Annual administration and progress report of the Indian Medical Department, Bombay
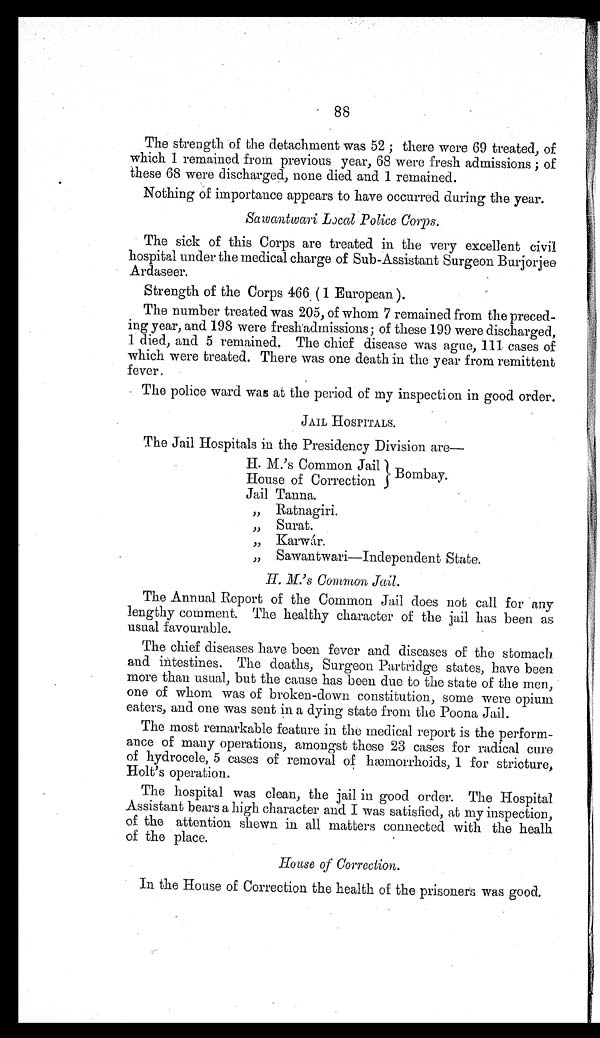
88
The strength of the detachment was 52 ; there were 69 treated, of
which 1 remained from previous year, 68 were fresh admissions ; of
these 68 were discharged, none died and 1 remained.
Nothing of importance appears to have occurred during the year.
Sawantwari Local Police Corps.
The sick of this Corps are treated in the very excellent civil
hospital under the medical charge of Sub-Assistant Surgeon Burjorjee
Ardaseer.
Strength of the Corps 466 ( 1 European ).
The number treated was 205, of whom 7 remained from the preced-
ing year, and 198 were freshadmissions; of these 199 were discharged,
1 died, and 5 remained. The chief disease was ague, 111 cases of
which were treated. There was one death in the year from remittent
fever.
The police ward was at the period of my inspection in good order.
JAIL HOSPITALS.
The Jail Hospitals in the Presidency Division are—
H. M.'s Common Jail Bombay.
House of Correction
Jail Tanna.
,, Ratnagiri.
,, Surat.
,, Karwár.
,, Sawantwari—Independent State
.
H. M.'s Common Jail.
The Annual Report of the Common Jail does not call for any
lengthy comment. The healthy character of the jail has been as
usual favourable.
The chief diseases have been fever and diseases of the stomach
and intestines. The deaths, Surgeon Partridge states, have been
more than usual, but the cause has been due to the state of the men,
one of whom was of broken-down constitution, some were opium
eaters, and one was sent in a dying state from the Poona Jail.
The most remarkable feature in the medical report is the perform-
ance of many operations, amongst these 23 cases for radical cure
of hydrocele, 5 cases of removal of hæmorrhoids, 1 for stricture,
Holt's operation.
The hospital was clean, the jail in good order. The Hospital
Assistant bears a high character and I was satisfied, at my inspection,
of the attention shewn in all matters connected with the healh
of the place.
House of Correction.
In the House of Correction the health of the prisoners was good.